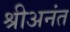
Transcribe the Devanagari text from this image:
श्रीअनंत